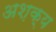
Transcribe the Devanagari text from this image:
अश़क्य